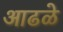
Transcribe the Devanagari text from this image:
आढळे